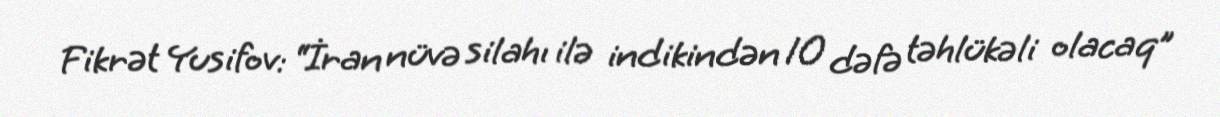
Fikrət Yusifov: “İran nüvə silahı ilə indikindən 10 dəfə təhlükəli olacaq”